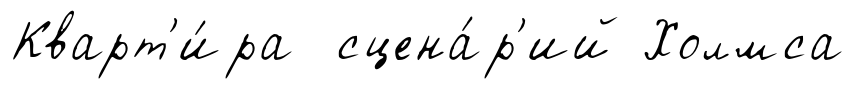
Кварт'и́ра сцена́р'ий Холмса